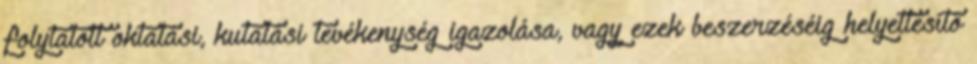
folytatott oktatási, kutatási tevékenység igazolása, vagy ezek beszerzéséig helyettesítő